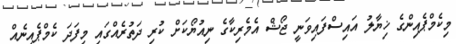
މިކެމްޕެއިންގެ ޚިޔާލު އައިސްފައިވަނީ ޖޯޝް އެމެރިކާގެ ނިއުޔޯކަށް ކުރި ދަތުރެއްގައި މިފަދަ ކެމްޕެއިނެއް